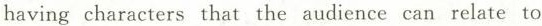
having characters that the audience can relate to